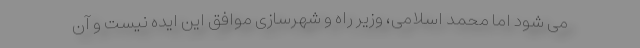
می شود اما محمد اسلامی، وزیر راه و شهرسازی موافق این ایده نیست و آن